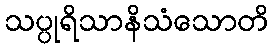
သပ္ပုရိသာနိသံသောတိ